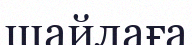
шайлаға